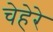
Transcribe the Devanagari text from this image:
चेहेरे